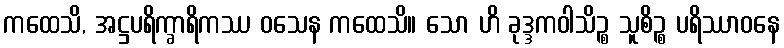
ကထေသိ, အဋ္ဌပရိက္ခာရိကဿ ဝသေန ကထေသိ။ သော ဟိ ခုဒ္ဒကဝါသိဉ္စ သူစိဉ္စ ပရိဿာဝနေ